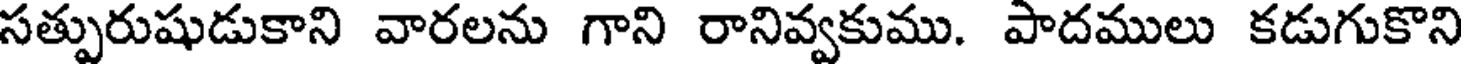
సత్పురుషుడుకాని వారలను గాని రానివ్వకుము. పాదములు కడుగుకొని